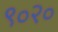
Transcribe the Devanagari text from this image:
९०२०